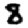
Digit: 8